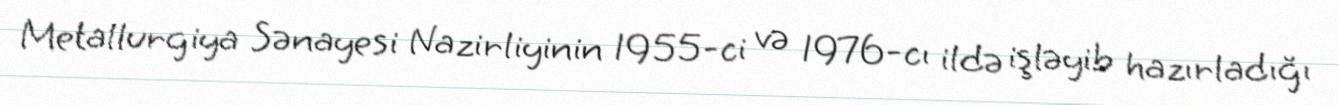
Metallurgiya Sənayesi Nazirliyinin 1955-ci və 1976-cı ildə işləyib hazırladığı